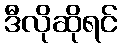
ဒီလိုဆိုရင်